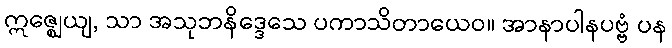
ဣဇ္ဈေယျ, သာ အသုဘနိဒ္ဒေသေ ပကာသိတာယေဝ။ အာနာပါနပဗ္ဗံ ပန